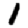
Digit: 1